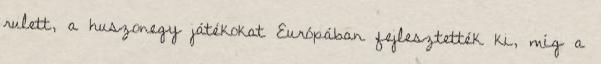
rulett, a huszonegy játékokat Európában fejlesztették ki, míg a